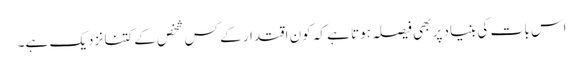
اس با ت کی بنیاد پر بھی فیصلہ ہوتا ہے کہ کون اقتدار کے کس شخص کے کتنا نزدیک ہے۔